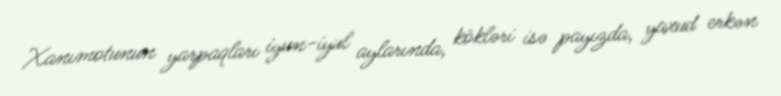
Xanımotunun yarpaqları iyun-iyul aylarında, kökləri isə payızda, yaxud erkən